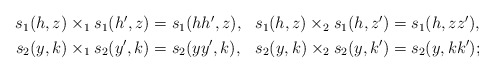
\begin{align*} \begin{aligned} s_1(h,z)\times_1 s_1(h',z) &= s_1(hh',z), & s_1(h,z)\times_2 s_1(h,z') &= s_1(h,zz'),\\ s_2(y,k)\times_1 s_2(y',k) &= s_2(yy',k), & s_2(y,k)\times_2 s_2(y,k') &= s_2(y,kk'); \end{aligned} \end{align*}